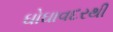
ઘોઘાવદરથી